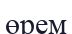
өрем